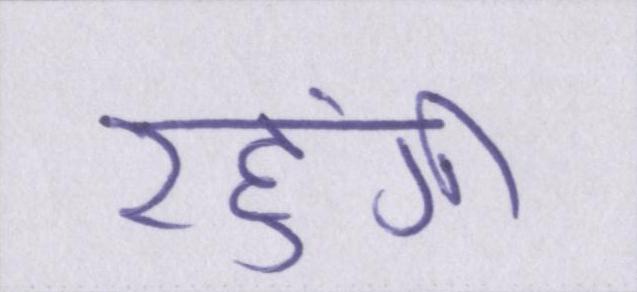
रहुंगी